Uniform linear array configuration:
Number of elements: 12
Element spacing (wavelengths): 0.5
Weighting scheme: exponential
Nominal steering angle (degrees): -60
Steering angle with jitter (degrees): -60.545
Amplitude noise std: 0.05
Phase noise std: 0.05

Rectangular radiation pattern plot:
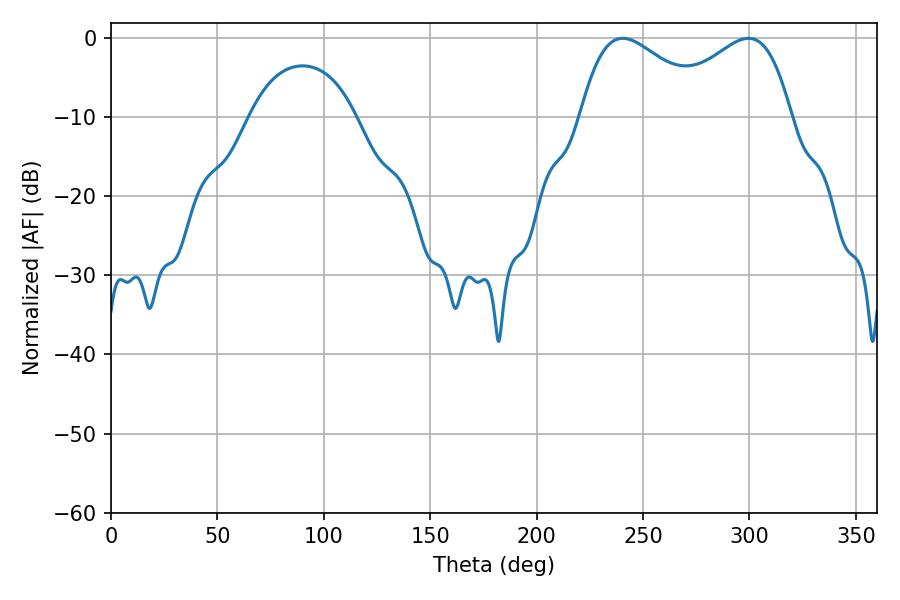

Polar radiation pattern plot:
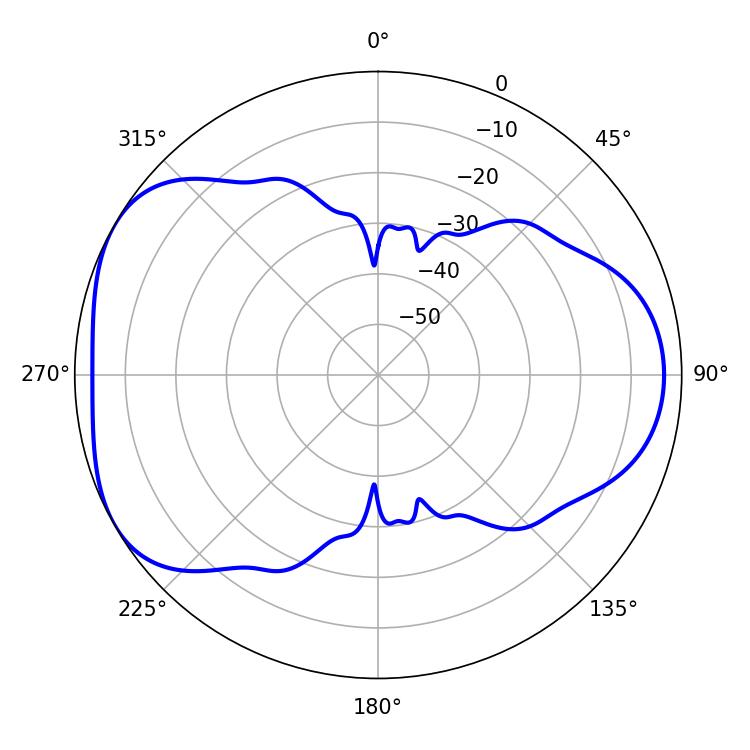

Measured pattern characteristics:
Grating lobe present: FALSE
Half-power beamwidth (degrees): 33.48
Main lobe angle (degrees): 240.48